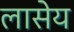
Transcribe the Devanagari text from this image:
लासेय